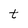
Character: t